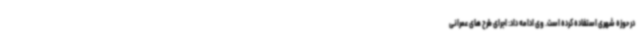
در حوزه شهری استفاده کرده است. وی ادامه داد: اجرای طرح های عمرانی